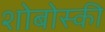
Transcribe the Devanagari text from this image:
शोबोस्की